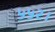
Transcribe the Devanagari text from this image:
५५२।